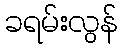
ခရမ်းလွန်